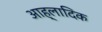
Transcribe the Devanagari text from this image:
आह्लादिक